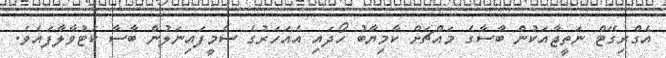
އެގްރިގޭޓް ނަތީޖާއަކުން ބާސާގެ މައްޗަށް ކާމިޔާބު ހޯދައި އެއަހަރުގެ ސެމީފައިނަލުން ބާސާ ކަޓުވާލާފައެވެ.